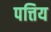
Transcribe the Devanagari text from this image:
पत्तिय